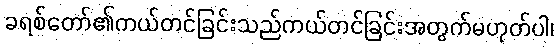
ခရစ်တော်၏ကယ်တင်ခြင်းသည်ကယ်တင်ခြင်းအတွက်မဟုတ်ပါ၊